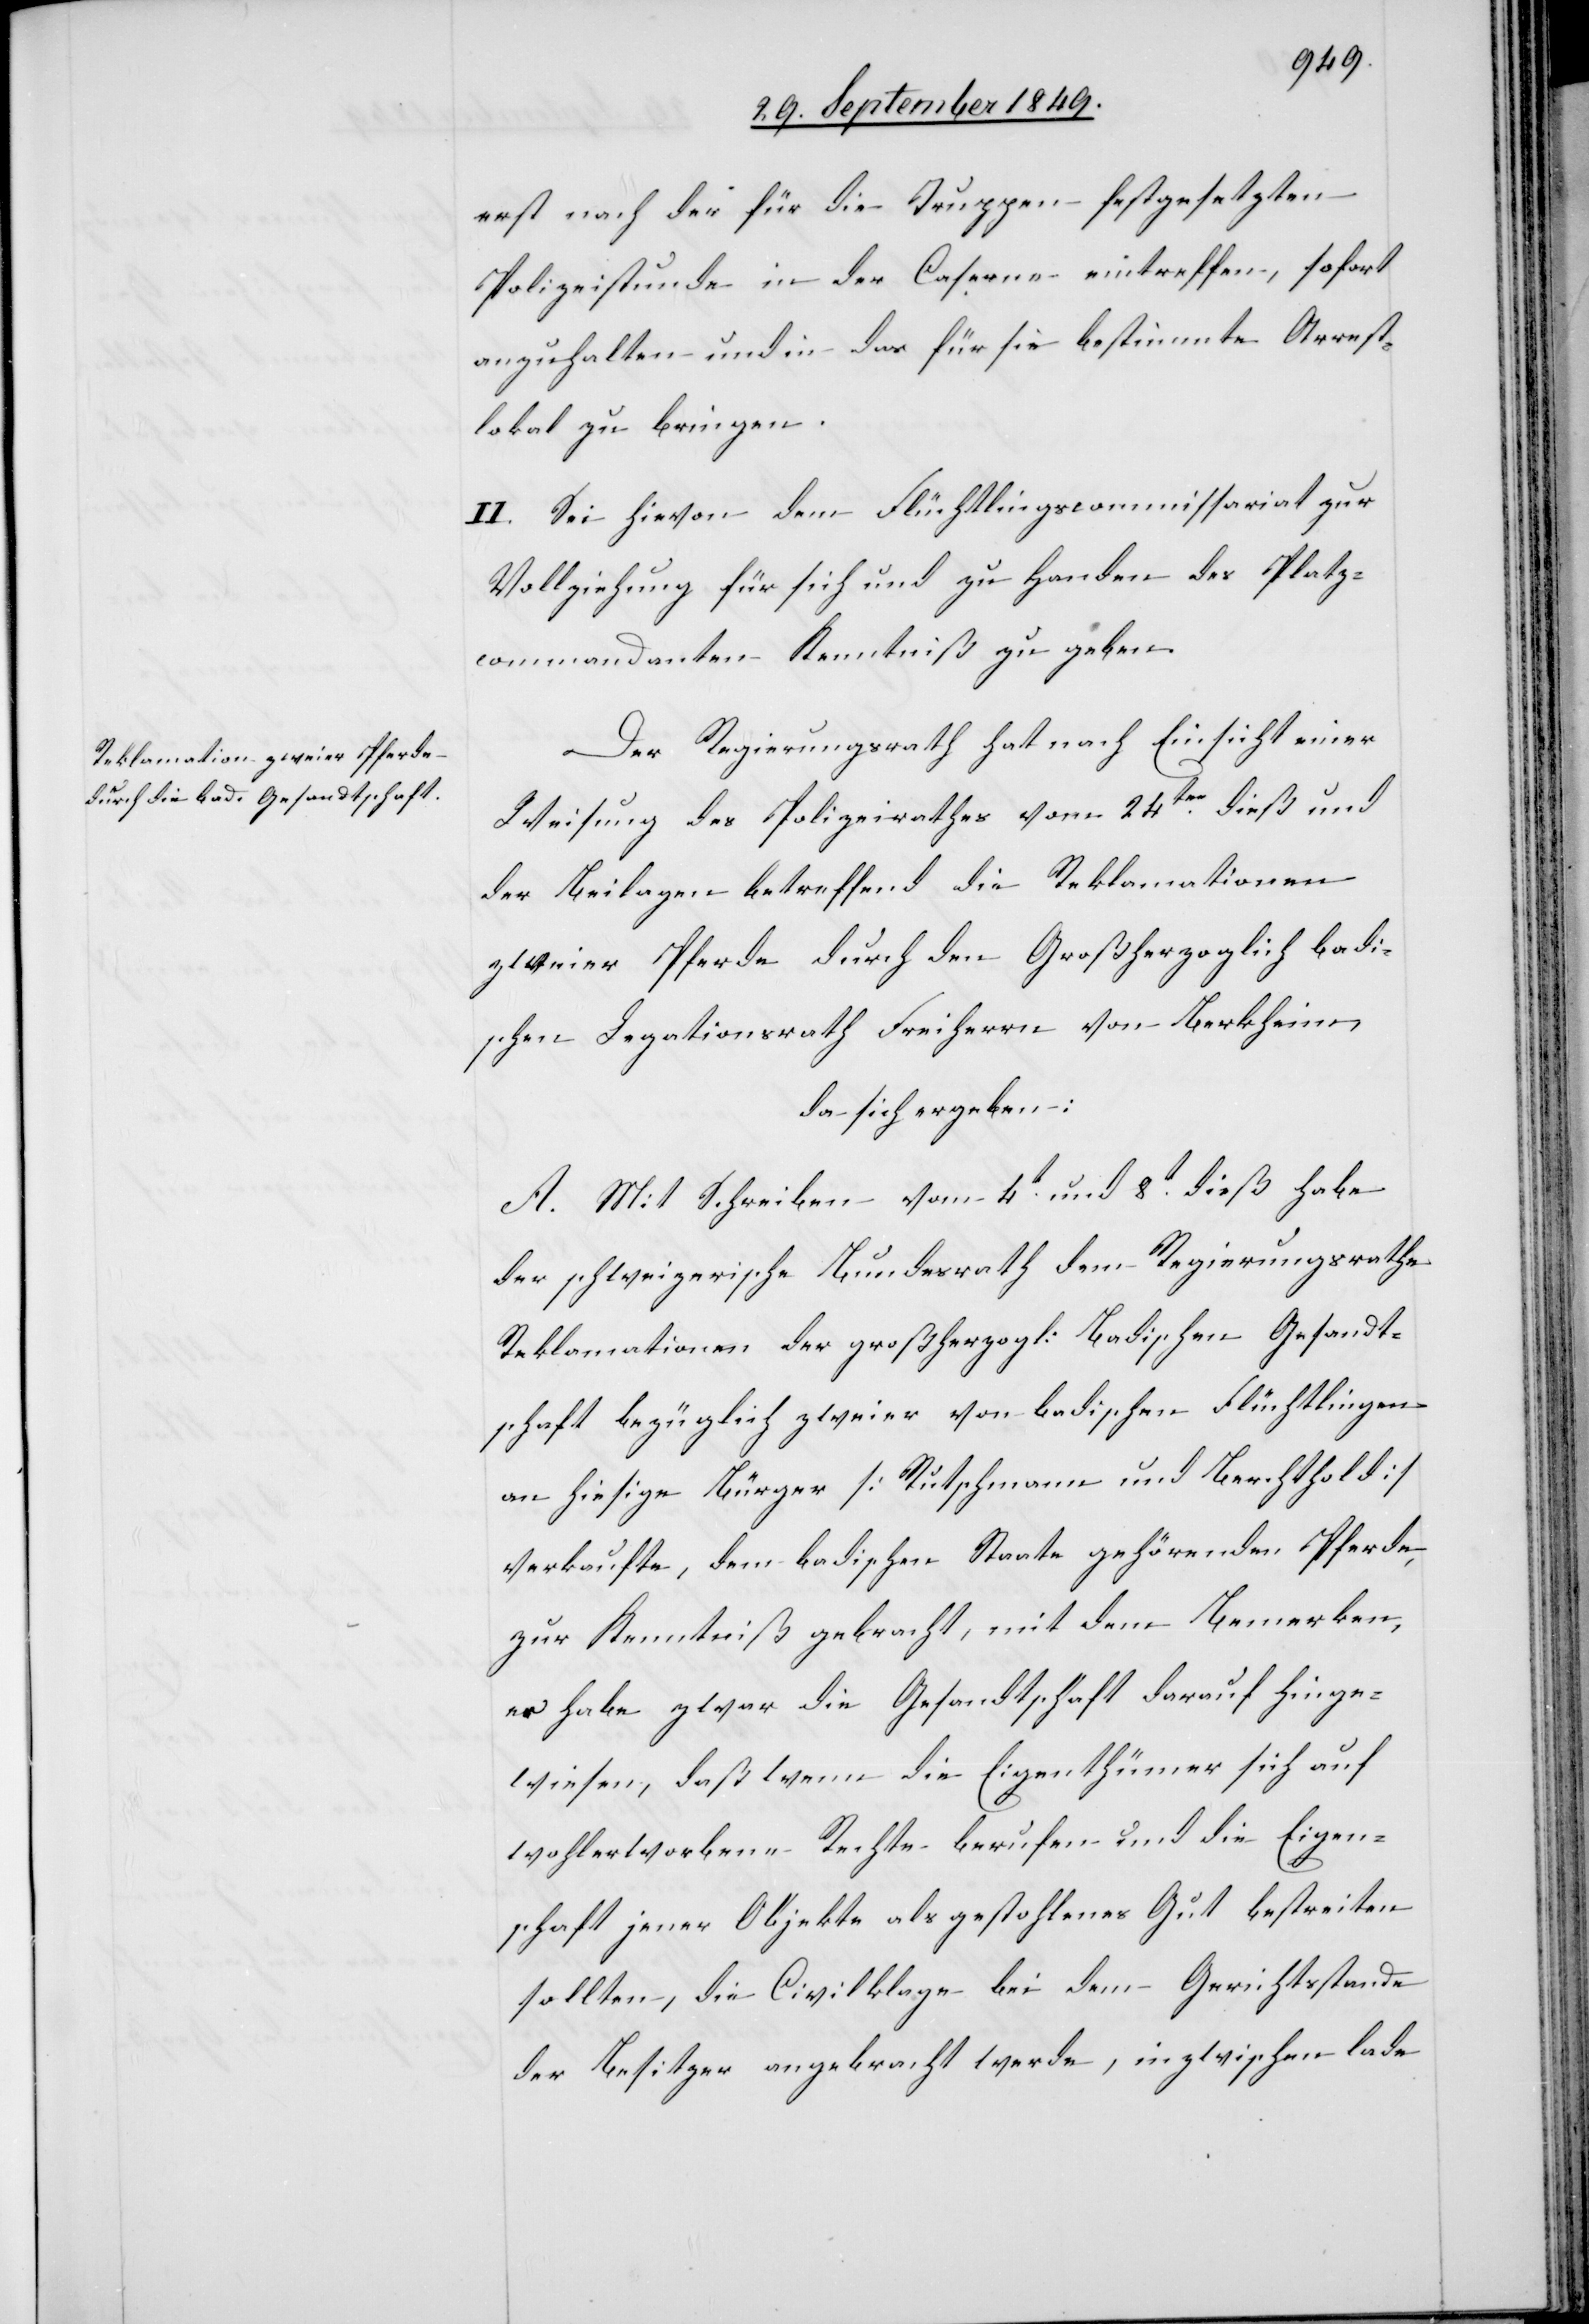
erst nach der für die Truppen festgesetzten
Polizeistunde in der Caserne eintreffen, sofort
anzuhalten und in das für sie bestimmte Arrest¬
lokal zu bringen.
II. Sei hievon dem Flüchtlingscommissariat zur
Vollziehung für sich und zu Handen des Platz¬
commandanten Kenntniß zu geben.
Der Regierungsrath hat nach Einsicht einer
Weisung des Polizeirathes vom 24ten dieß und
der Beilagen betreffend die Reklamationen
zweier Pferde durch den Großherzoglich badi¬
schen Legationsrath Freiherrn von Berkheim,
da sich ergeben:
A. Mit Schreiben vom 4t und 8t dieß habe
der schweizerische Bundesrath dem Regierungsrathe
Reklamationen der großherzogl: Badischen Gesandt¬
schaft bezüglich zweier von badischen Flüchtlingen
an hiesige Bürger [Rutschmann und Berchthold]
verkaufte, dem badischen Staate gehörenden Pferde,
zur Kenntniß gebracht, mit dem Bemerken,
es habe zwar die Gesandtschaft darauf hinge¬
wiesen, daß wenn die Eigenthümer sich auf
wohlerworbene Rechte berufen und die Eigen¬
schaft jener Objekte als gestohlenes Gut bestreiten
sollten, die Civilklage bei dem Gerichtsstande
der Besitzer angebracht werde, inzwischen lade